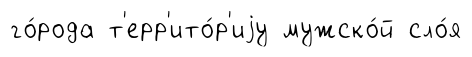
го́рода т'ерр'ито́р'иjу мужско́й сло́я